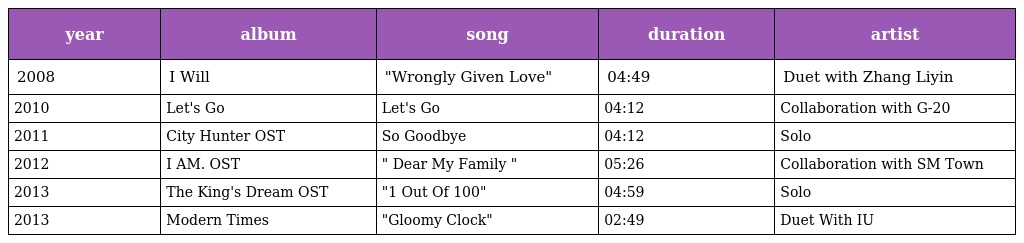
| year | album | song | duration | artist |
 | --- | --- | --- | --- | --- |
 | 2008 | I Will | "Wrongly Given Love" | 04:49 | Duet with Zhang Liyin |
 | 2010 | Let's Go | Let's Go | 04:12 | Collaboration with G-20 |
 | 2011 | City Hunter OST | So Goodbye | 04:12 | Solo |
 | 2012 | I AM. OST | " Dear My Family " | 05:26 | Collaboration with SM Town |
 | 2013 | The King's Dream OST | "1 Out Of 100" | 04:59 | Solo |
 | 2013 | Modern Times | "Gloomy Clock" | 02:49 | Duet With IU |